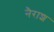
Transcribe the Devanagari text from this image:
नैराश